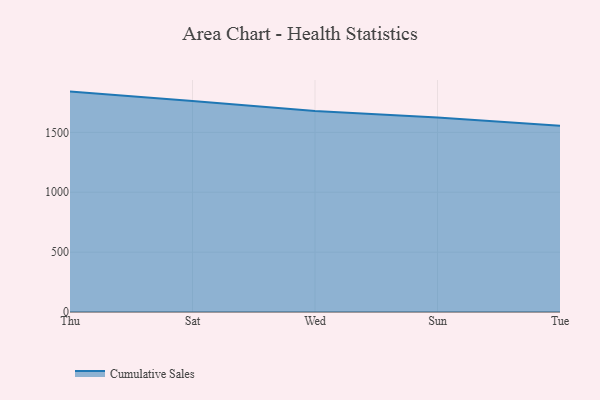
{"axis": {"x": "Day", "y": "Satisfaction Score"}, "legend": ["Cumulative Sales"], "data": [{"x": "Thu", "y": 1840.7, "type": "Cumulative Sales"}, {"x": "Sat", "y": 1763.1, "type": "Cumulative Sales"}, {"x": "Wed", "y": 1678.6, "type": "Cumulative Sales"}, {"x": "Sun", "y": 1623.8, "type": "Cumulative Sales"}, {"x": "Tue", "y": 1554.5, "type": "Cumulative Sales"}]}